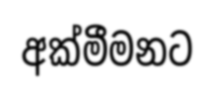
අක්මීමනට